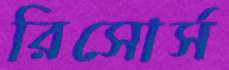
রিসোর্স